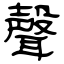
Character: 聲